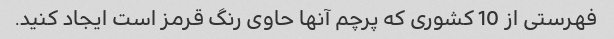
فهرستی از 10 کشوری که پرچم آنها حاوی رنگ قرمز است ایجاد کنید.